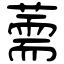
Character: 薷